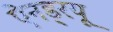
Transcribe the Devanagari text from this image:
ऐनड्रयू